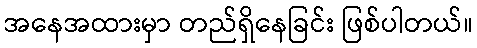
အနေအထားမှာ တည်ရှိနေခြင်း ဖြစ်ပါတယ်။